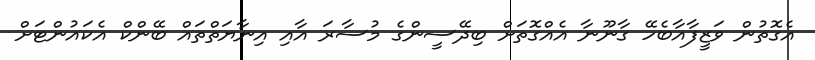
އެގޮތުން ވަޒީފާއާބެހޭ ގާނޫނާ އެއްގޮތަށް ބިދޭސީންގެ މުސާރަ އާއި އިނާޔަތްތައް ބޭންކް އެކައުންޓަށް